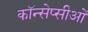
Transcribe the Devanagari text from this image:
कॉन्सेप्सीओं